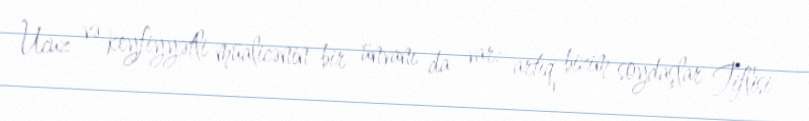
Ucuz və keyfiyyətli müalicənin bir ünvanı da var: artıq bizim soydaşlar Tiflisi